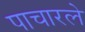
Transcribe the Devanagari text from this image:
पाचारले